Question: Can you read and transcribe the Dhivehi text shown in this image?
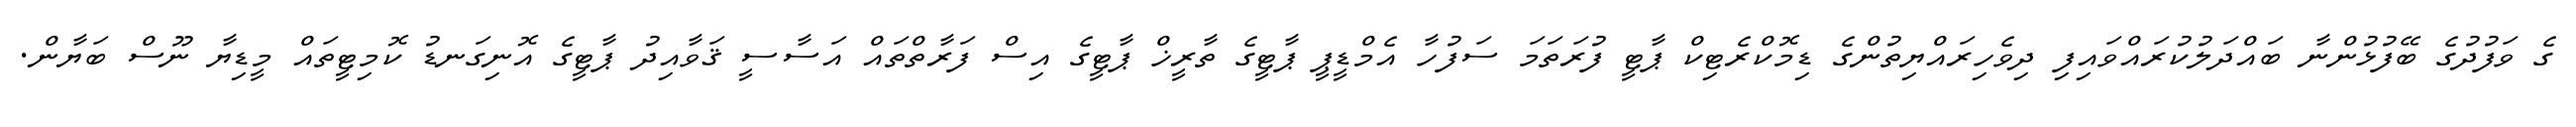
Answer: ގެ ވަފުދުގެ ބޭފުޅުންނާ ބައްދަލުކުރައްވައިފި ދިވެހިރައްޔިތުންގެ ޑިމޮކްރެޓިކް ޕާޓީ ފުރަތަމަ ސަފުހާ އެމްޑީޕީ ޕާޓީގެ ތާރީޚް ޕާޓީގެ އިސް ފަރާތްތައް އަސާސީ ޤަވާއިދު ޕާޓީގެ އޮނިގަނޑު ކޮމިޓީތައް މީޑިޔާ ނޫސް ބަޔާން.